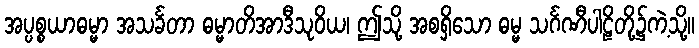
အပ္ပစ္စယာဓမ္မာ အသင်္ခတာ ဓမ္မာတိအာဒီသုဝိယ၊ ဤသို့ အစရှိသော ဓမ္မ သင်္ဂဏီပါဠိတို့၌ကဲ့သို့။